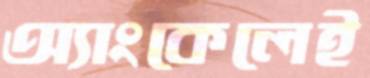
অ্যাংকেলেই